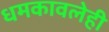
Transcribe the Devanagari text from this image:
धमकावलेही